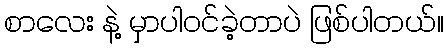
စာလေး နဲ့ မှာပါဝင်ခဲ့တာပဲ ဖြစ်ပါတယ်။